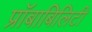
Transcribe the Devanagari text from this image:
प्रॉबाबिलिटी